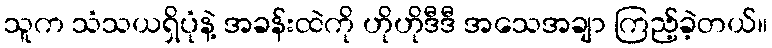
သူက သံသယရှိပုံနဲ့ အခန်းထဲကို ဟိုဟိုဒီဒီ အသေအချာ ကြည့်ခဲ့တယ်။